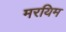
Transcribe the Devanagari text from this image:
मरयिम